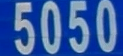
5050